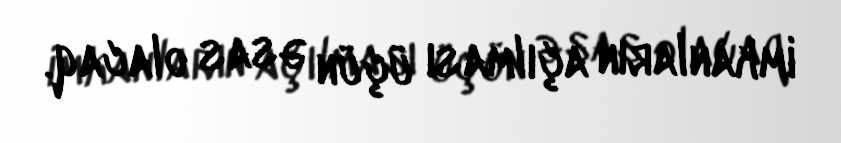
imkanların açılması üçün əsas olacaq.